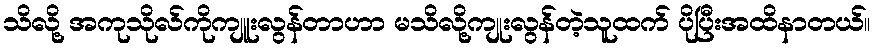
သိလို့ အကုသိုလ်ကိုကျူးလွန်တာဟာ မသိလို့ကျုးလွန်တဲ့သူထက် ပိုပြီးအထိနာတယ်။